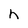
Character: h